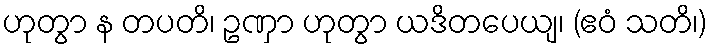
ဟုတွာ န တပတိ၊ ဥဏှာ ဟုတွာ ယဒိတပေယျ၊ (ဧဝံ သတိ၊)